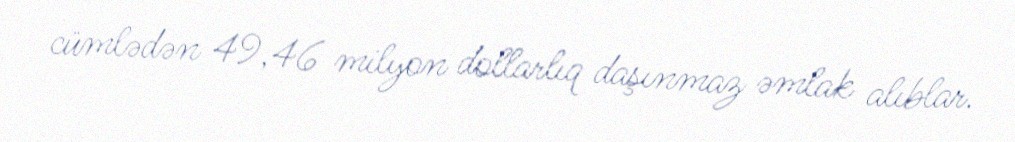
cümlədən 49,46 milyon dollarlıq daşınmaz əmlak alıblar.